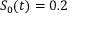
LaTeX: S _ { 0 } ( t ) = 0 . 2